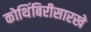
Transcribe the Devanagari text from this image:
कोथिंबिरीसारखे